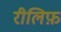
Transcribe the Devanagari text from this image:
रीलिफ़